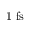
1 ~ \mathrm { f s }